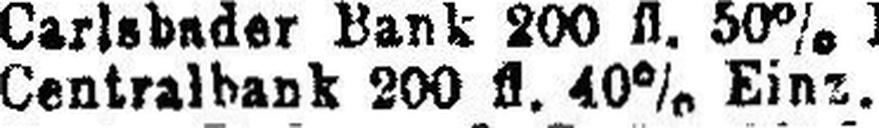
Centralbank 200 fl. 40% Einz.